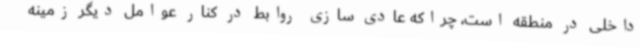
داخلی در منطقه‌ است، چراکه عادی سازی روابط در کنار عوامل دیگر زمینه